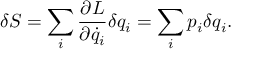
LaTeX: \delta S = \sum _ { i } { \frac { \partial L } { \partial { \dot { q } } _ { i } } } \delta q _ { i } = \sum _ { i } p _ { i } \delta q _ { i } .